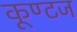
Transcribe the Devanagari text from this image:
कूण्टज